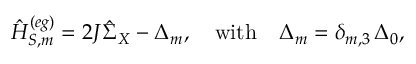
\hat { H } _ { S , m } ^ { ( e g ) } = 2 J \hat { \Sigma } _ { X } - \Delta _ { m } , \quad \mathrm { w i t h } \quad \Delta _ { m } = \delta _ { m , 3 } \, \Delta _ { 0 } ,